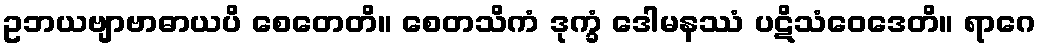
ဥဘယဗျာဗာဓာယပိ စေတေတိ။ စေတသိကံ ဒုက္ခံ ဒေါမနဿံ ပဋိသံဝေဒေတိ။ ရာဂေ